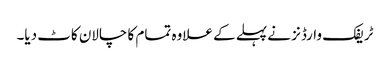
ٹریفک وارڈنز نے پہلے کے علاوہ تمام کا چالان کاٹ دیا۔